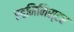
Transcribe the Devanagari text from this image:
एडमिनिस्टर